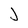
Character: J